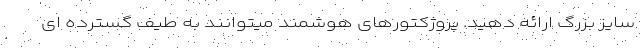
سایز بزرگ ارائه دهید. پروژکتورهای هوشمند میتوانند به طیف گسترده ای